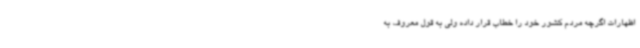
اظهارات اگرچه مردم کشور خود را خطاب قرار داده ولی به قول معروف به